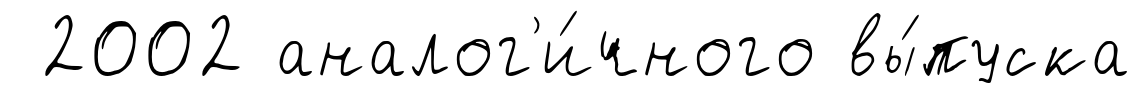
2002 аналог'и́чного вы́пуска